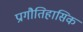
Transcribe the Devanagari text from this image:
प्रागौतिहासिक